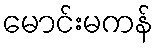
မောင်းမကန်